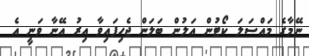
ނޭމާގެ މައްސަލަ ކޯޓުން އަލުން ބަލަން ޖެހިފައިވާ އިރު އޭނާ ވަނީ އެ